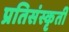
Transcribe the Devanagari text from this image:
प्रतिसंस्कृती